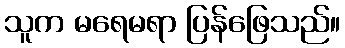
သူက မရေမရာ ပြန်ဖြေသည်။